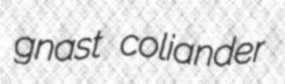
gnast coliander